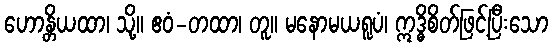
ဟောန္တိယထာ၊ သို့။ ဧဝံ-တထာ၊ တူ။ မနောမယရူပံ၊ ဣဒ္ဓိစိတ်ဖြင့်ပြီးသော